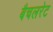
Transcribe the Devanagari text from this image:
बैचलरेट